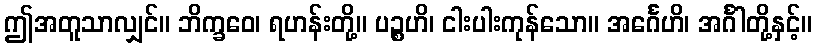
ဤအတူသာလျှင်။ ဘိက္ခဝေ၊ ရဟန်းတို့။ ပဉ္စဟိ၊ ငါးပါးကုန်သော။ အင်္ဂေဟိ၊ အင်္ဂါတို့နှင့်။